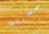
حضرتك